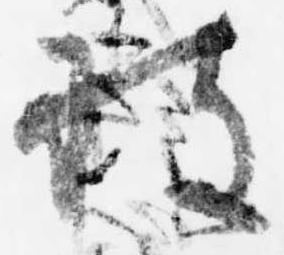
被